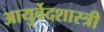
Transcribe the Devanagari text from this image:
आयुर्वेदशास्‍त्री